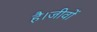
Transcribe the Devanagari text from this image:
है।जीवों